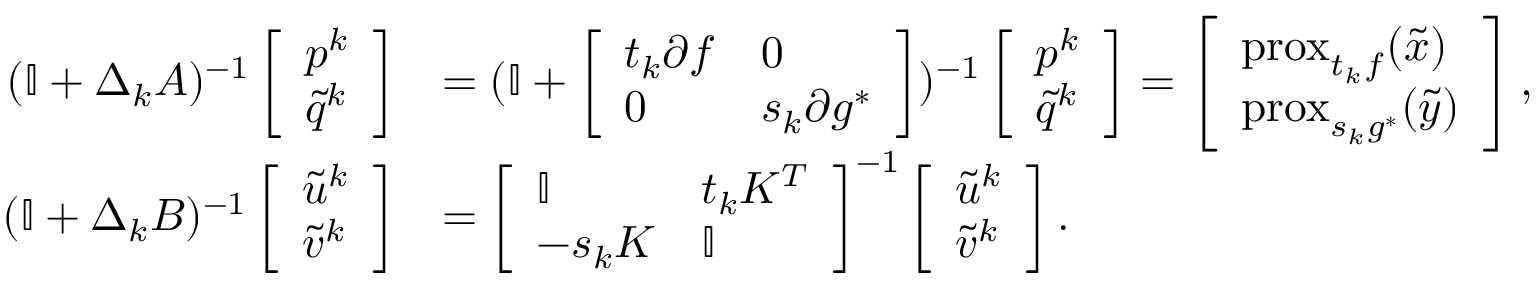
\begin{array} { r l } { ( \mathbb I + \Delta _ { k } A ) ^ { - 1 } \left[ \begin{array} { l } { p ^ { k } } \\ { \tilde { q } ^ { k } } \end{array} \right] } & { = ( \mathbb I + \left[ \begin{array} { l l } { t _ { k } \partial f } & { 0 } \\ { 0 } & { s _ { k } \partial g ^ { * } } \end{array} \right] ) ^ { - 1 } \left[ \begin{array} { l } { p ^ { k } } \\ { \tilde { q } ^ { k } } \end{array} \right] = \left[ \begin{array} { l } { \mathrm { p r o x } _ { t _ { k } f } ( \tilde { x } ) } \\ { \mathrm { p r o x } _ { s _ { k } g ^ { * } } ( \tilde { y } ) } \end{array} \right] , } \\ { ( \mathbb I + \Delta _ { k } B ) ^ { - 1 } \left[ \begin{array} { l } { \tilde { u } ^ { k } } \\ { \tilde { v } ^ { k } } \end{array} \right] } & { = \left[ \begin{array} { l l } { \mathbb I } & { t _ { k } K ^ { T } } \\ { - s _ { k } K } & { \mathbb I } \end{array} \right] ^ { - 1 } \left[ \begin{array} { l } { \tilde { u } ^ { k } } \\ { \tilde { v } ^ { k } } \end{array} \right] . } \end{array}